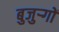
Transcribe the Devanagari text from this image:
बुजुऱ्गों